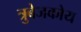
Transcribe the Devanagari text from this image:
त्रुबेजकोय